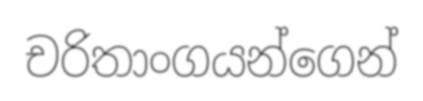
චරිතාංගයන්ගෙන්